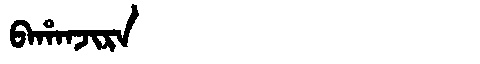
Manchu: ᠪᠠᡥᠠᠨᠵᡳᡵᠠ
Romanization: BAHANJIRA